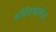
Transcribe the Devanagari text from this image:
मंदिरांमार्फत